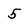
Character: 5